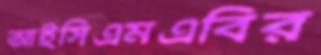
আইসিএমএবির